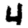
Digit: 4